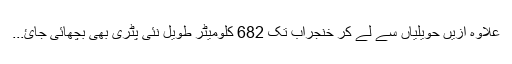
علاوہ ازیں حویلیاں سے لے کر خنجراب تک 682 کلومیٹر طویل نئی پٹری بھی بچھائی جائ...